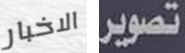
الاخبار تصوير